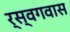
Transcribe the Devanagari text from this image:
र्स्वगवास